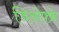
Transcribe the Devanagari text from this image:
जिओफ्फ्रे